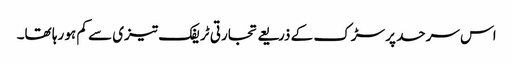
اس سرحد پر سڑک کے ذریعے تجارتی ٹریفک تیزی سے کم ہو رہا تھا۔